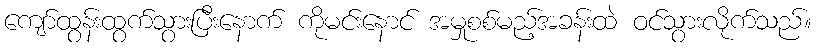
ကျော်ထွန်းထွက်သွားပြီးနောက် ကိုမင်းနောင် အမှုစစ်မည့်အခန်းထဲ ဝင်သွားလိုက်သည်။